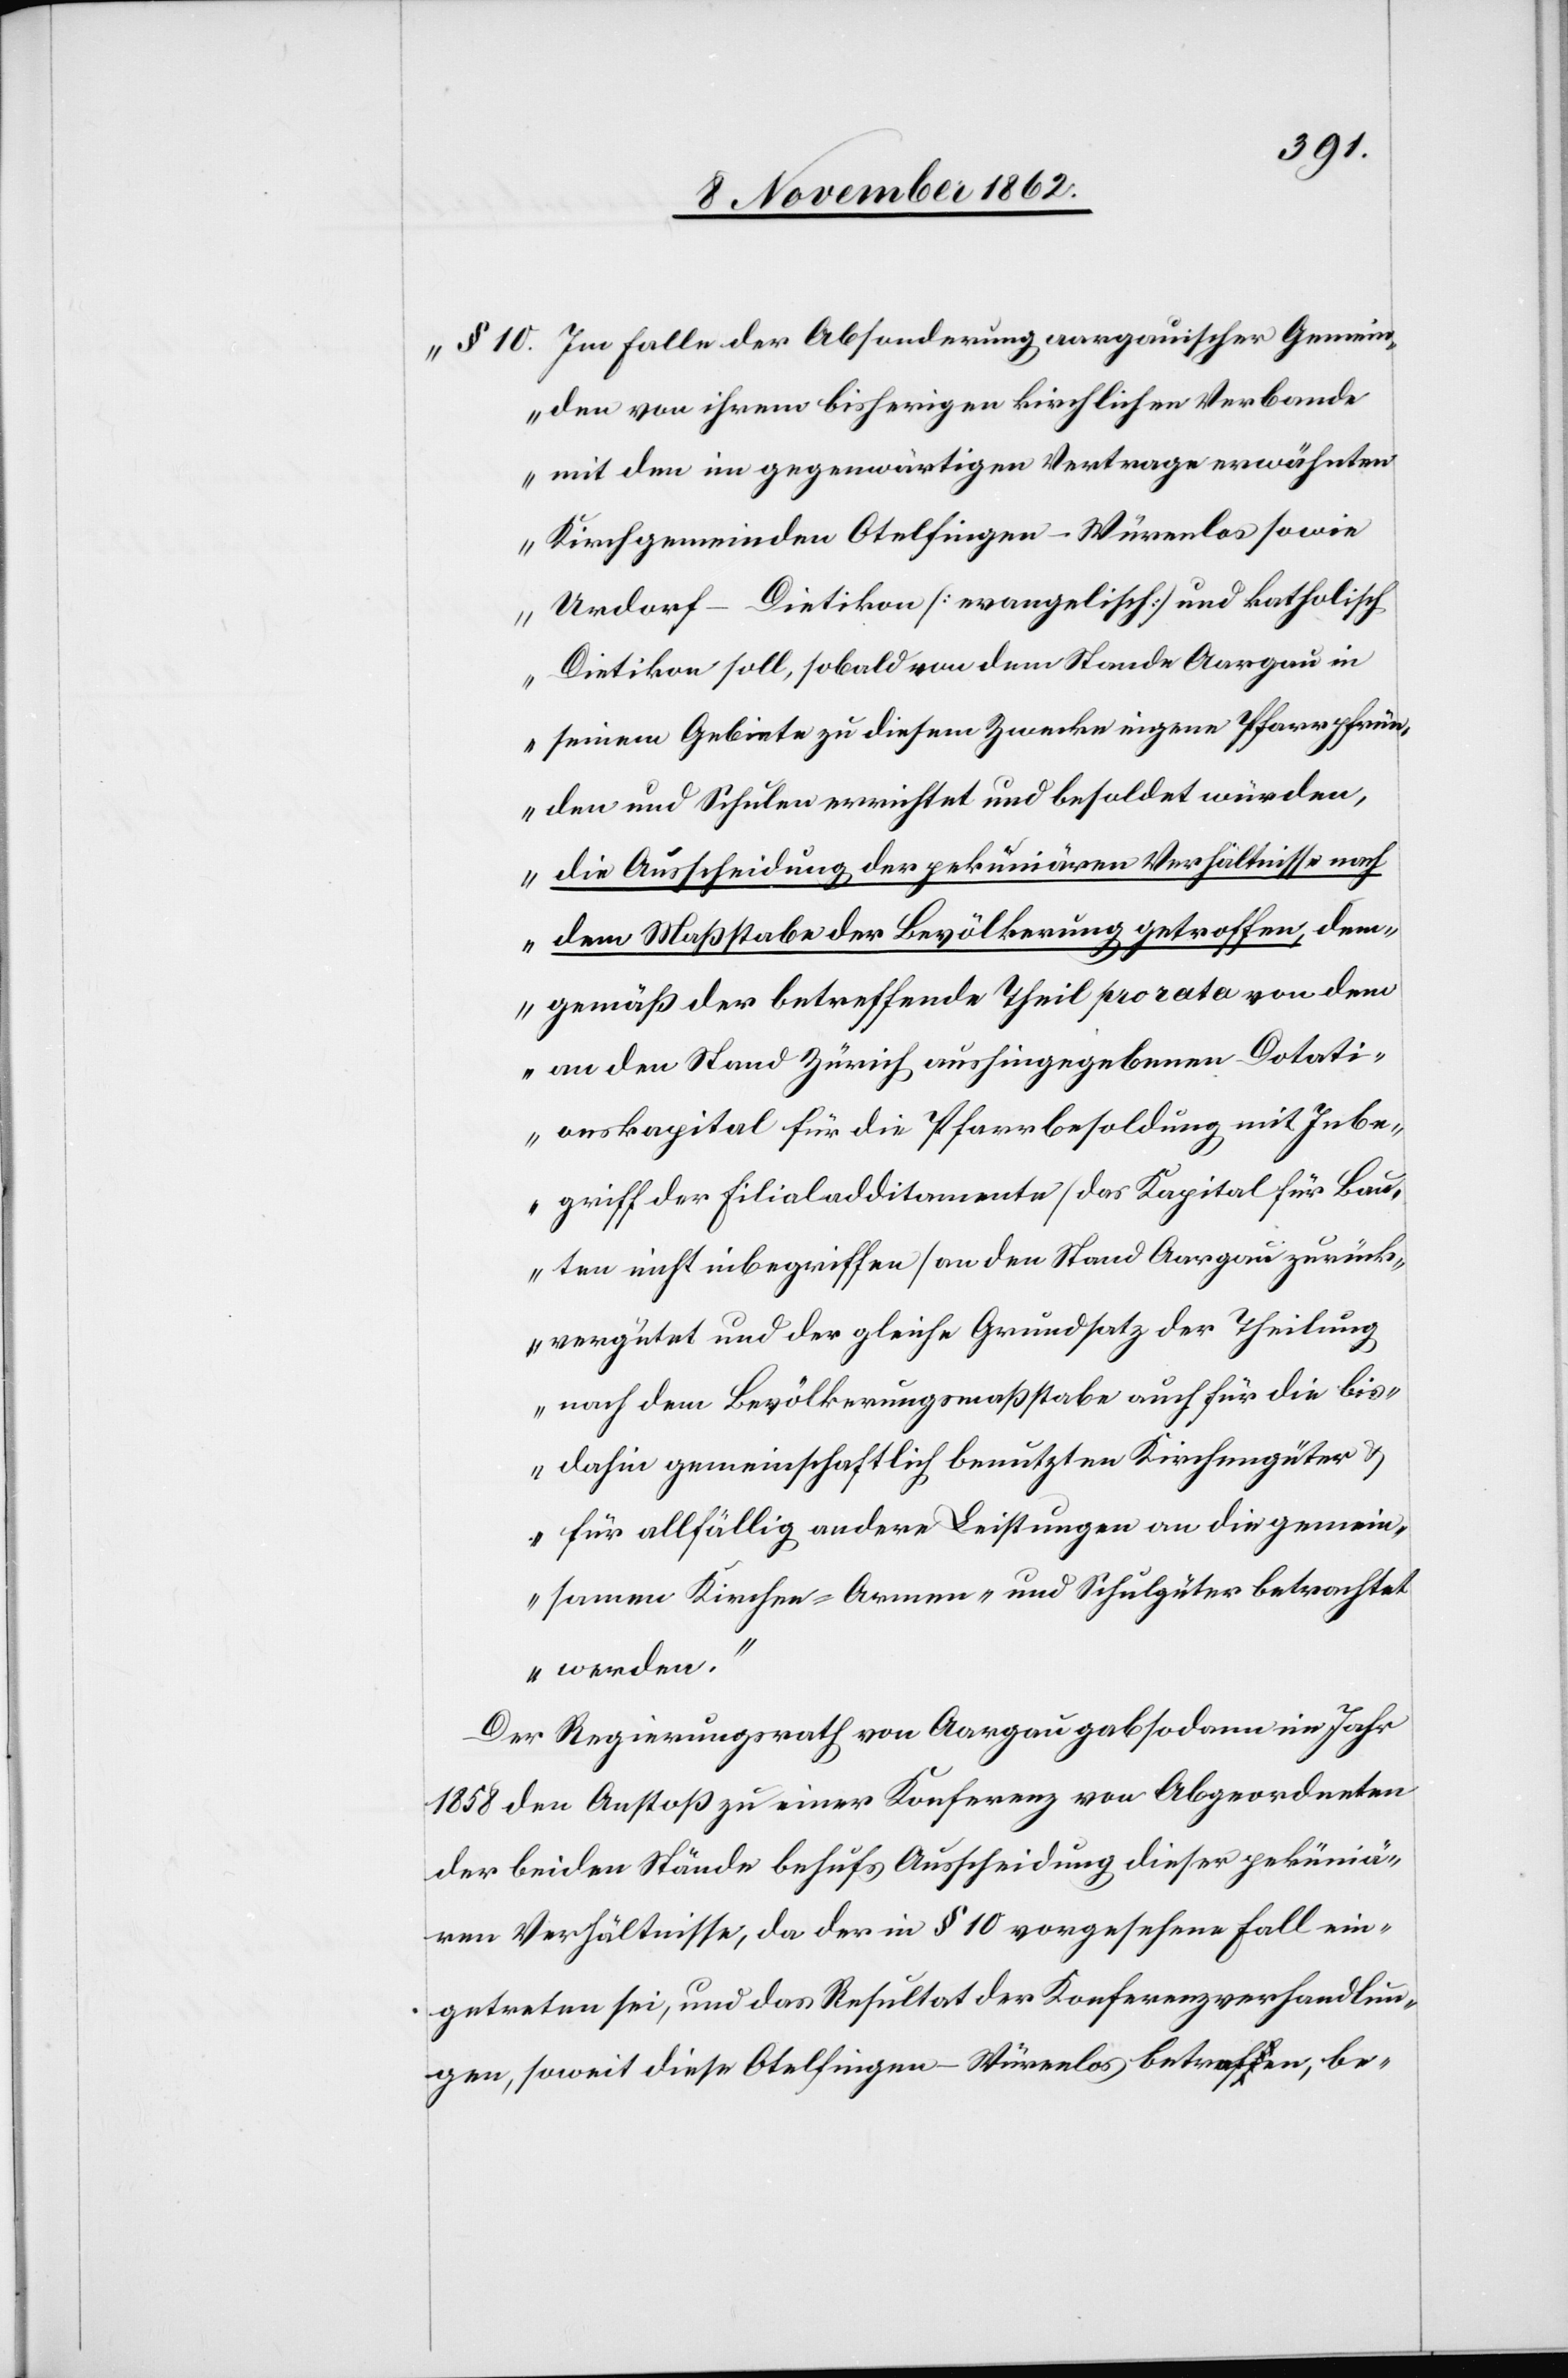
„§. 10 Im Falle der Absonderung aargauischer Gemein¬
den von ihrem bisherigen kirchlichen Verbande
mit den im gegenwärtigen Vertrage erwähnten
Kirchgemeinden Otelfingen–Würenlos sowie
Urdorf–Dietikon (evangelisch) und katholisch
Dietikon soll, sobald von dem Stande Aargau in
seinem Gebiete zu diesem Zwecke eigene Pfarrpfrün¬
den und Schulen errichtet und besoldet würden,
die Ausscheidung der pekuniären Verhältnisse nach
dem Maßstabe der Bevölkerung getroffen, dem¬
gemäß der betreffende Theil pro rata von dem
an den Stand Zürich aushingegebenen Dotati¬
onskapital für die Pfarrbesoldung mit Inbe¬
griff der Filialadditamente (das Kapital für Bau¬
ten nicht inbegriffen) an den Stand Aargau zurück¬
vergüten und der gleiche Grundsatz der Theilung
nach dem Bevölkerungsmaßstabe auch für die bis¬
dahin gemeinschaftlich benutzten Kirchengüter u.
für allfällig andere Leistungen an die gemein¬
samen Kirchen- Armen- und Schulgüter betrachtet
werden.“
Der Regierungsrath von Aargau gab sodann im Jahr
1858 den Anstoß zu einer Konferenz von Abgeordneten
der beiden Stände behufs Ausscheidung dieser peküniä¬
ren Verhältnisse, da der in § 10 vorgesehene Fall ein¬
getreten sei, und das Resultat der Konferenzverhandlun¬
gen, soweit diese Otelfingen–Würenlos betreffen, be-